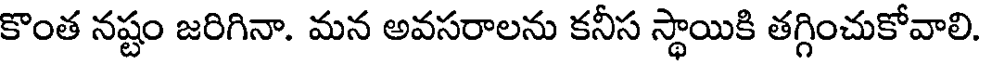
కొంత నష్టం జరిగినా. మన అవసరాలను కనీస స్థాయికి తగ్గించుకోవాలి.